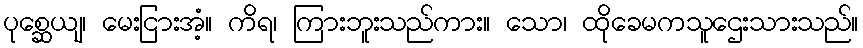
ပုစ္ဆေယျ၊ မေးငြားအံ့။ ကိရ၊ ကြားဘူးသည်ကား။ သော၊ ထိုခေမကသူဌေးသားသည်။